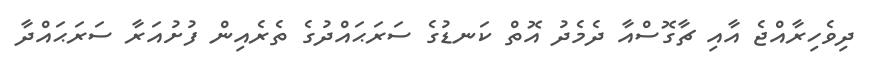
ދިވެހިރާއްޖެ އާއި ޗާގޮސްއާ ދެމެދު އޮތް ކަނޑުގެ ސަރަޙައްދުގެ ތެރެއިން ފުށުއަރާ ސަރަޙައްދާ